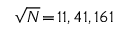
\sqrt { N } \! = \! 1 1 , 4 1 , 1 6 1